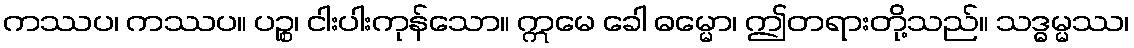
ကဿပ၊ ကဿပ။ ပဉ္စ၊ ငါးပါးကုန်သော။ ဣမေ ခေါ ဓမ္မော၊ ဤတရားတို့သည်။ သဒ္ဓမ္မဿ၊